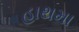
હાથમા